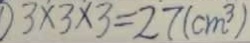
3 \times 3 \times 3 = 2 7 ( c m ^ { 3 } )